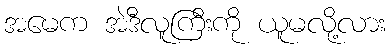
အမေက အဲဒီလူကြီးကို ယူမလို့လား